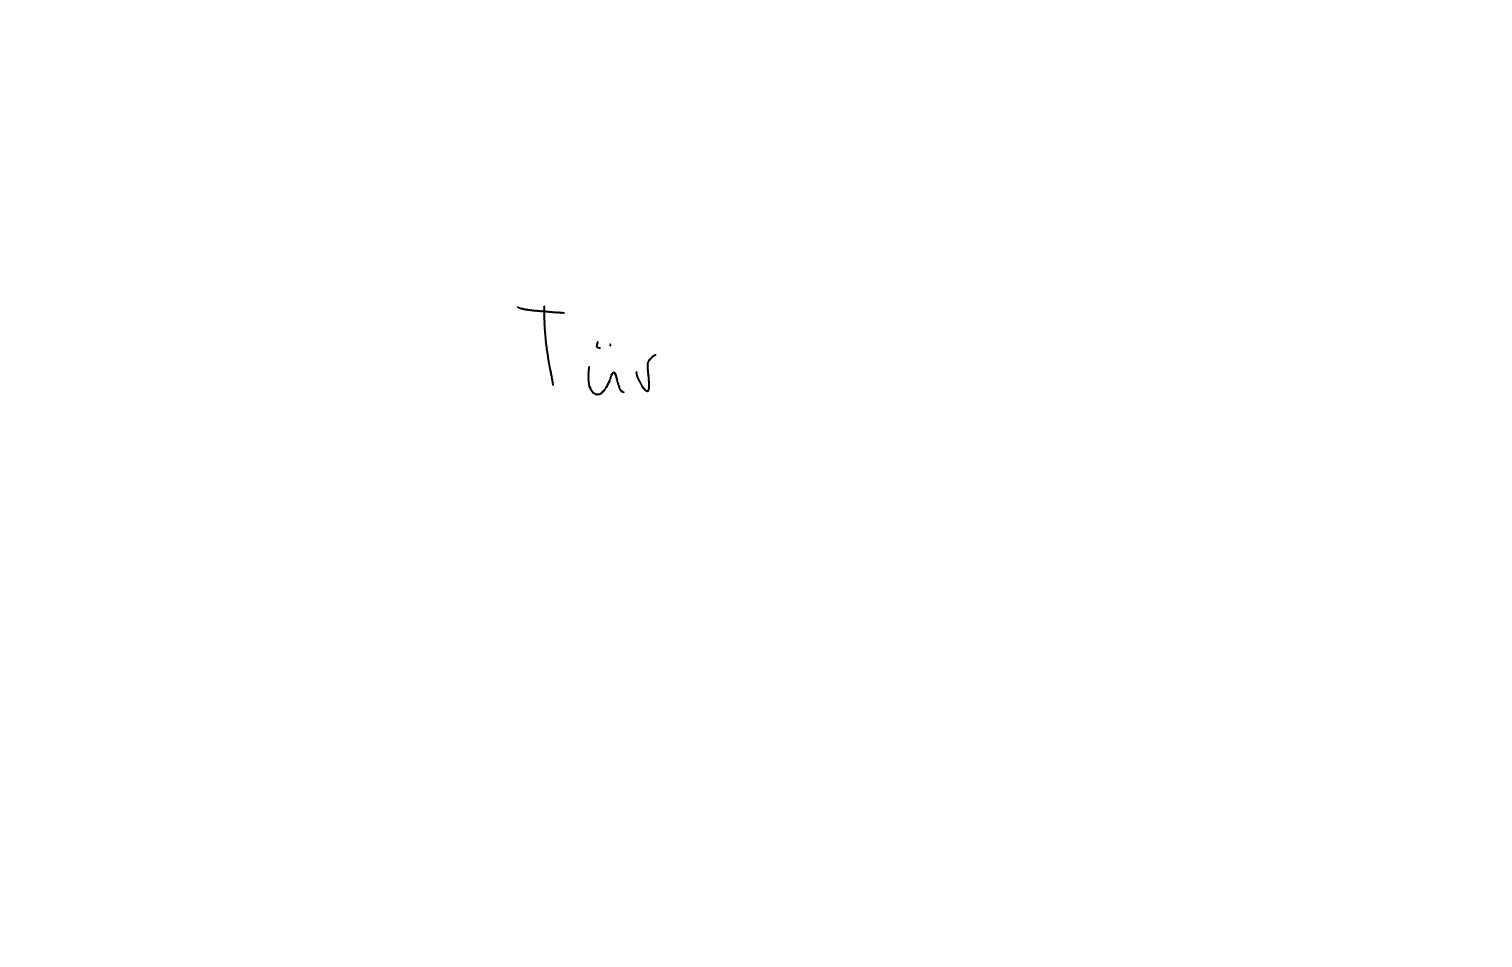
Text: Tür